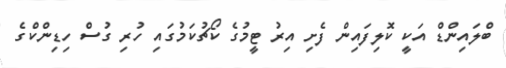
ބްލައިންޑް އަކީ ކޮލިފައިން ފެށި އިރު ޓީމުގެ ކޯޗުކަމުގައި ހުރި ގުސް ހިޑިންކްގެ